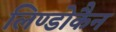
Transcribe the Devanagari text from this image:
लिण्डोकैन